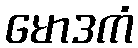
မောဒကံ